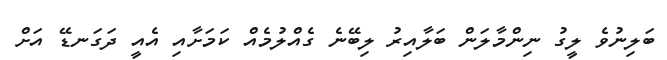
ބަލިނުވެ ލީގު ނިންމާލަން ބަލާއިރު ލިބޭނެ ގެއްލުމެއް ކަމަށާއި އެއީ ދަގަނޑޭ އަށް